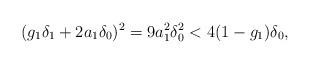
LaTeX: \begin{align*} (g_1\delta_1+2a_1\delta_0)^2=9a_1^2\delta_0^2<4(1-g_1)\delta_0,\end{align*}